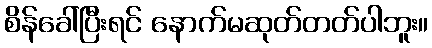
စိန်ခေါ်ပြီးရင် နောက်မဆုတ်တတ်ပါဘူး။